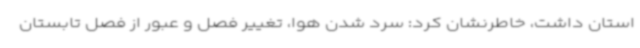
استان داشت، خاطرنشان کرد: سرد شدن هوا، تغییر فصل و عبور از فصل تابستان